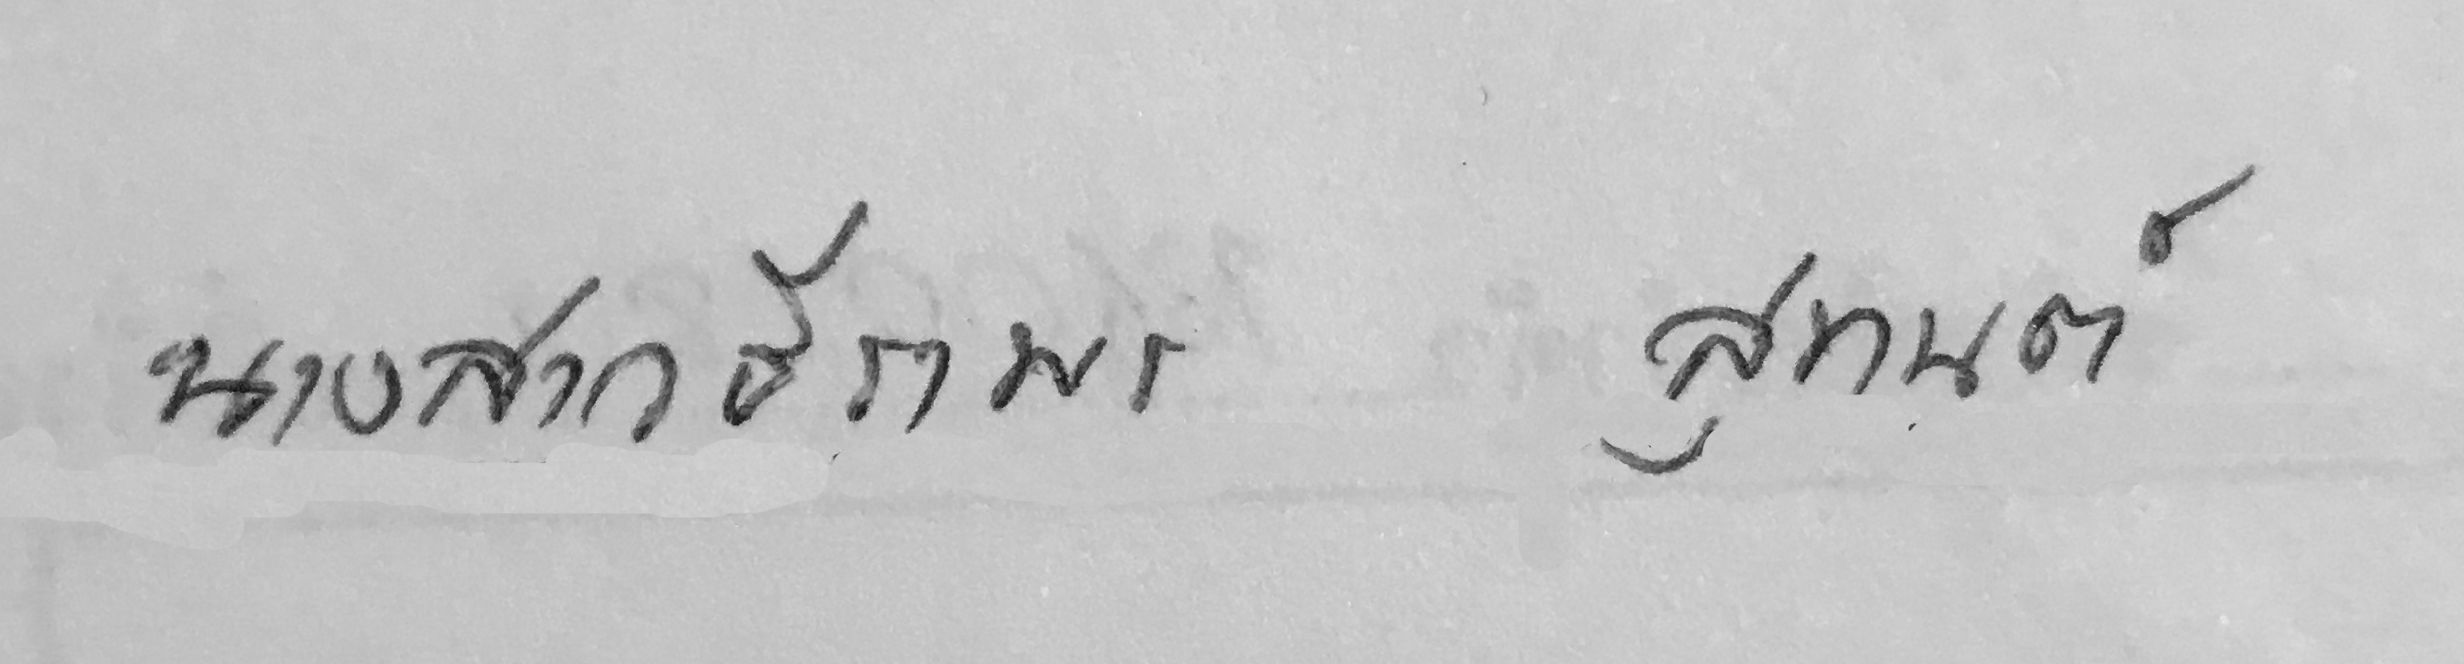
นางสาวธีราพรสุทนต์